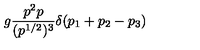
g \frac { p ^ { 2 } p } { ( p ^ { 1 / 2 } ) ^ { 3 } } \delta ( p _ { 1 } + p _ { 2 } - p _ { 3 } )